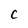
Character: C